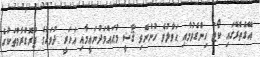
އޭގެތެރޭގައި ކޯޓު ހިންގެވުމާއި ޙަވާލުވެ ހުންނެވި ޤާޟީ މުޙައްމަދުނަޢީމާއި އަހަރީ ދުވަހުގެ ޕްރޮގްރާމްތަކުގެ